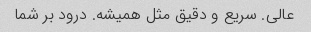
عالی. سریع و دقیق مثل همیشه. درود بر شما